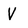
Character: V